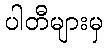
ပါတီများမှ